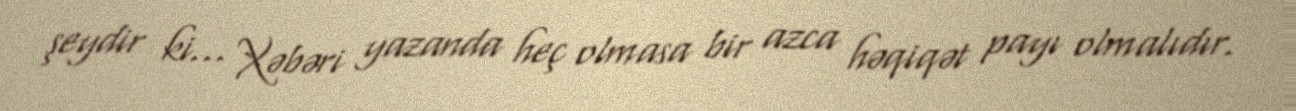
şeydir ki... Xəbəri yazanda heç olmasa bir azca həqiqət payı olmalıdır.